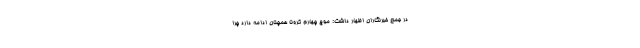
در جمع خبرنگاران اظهار داشت: موج چهارم کرونا همچنان ادامه دارد چرا